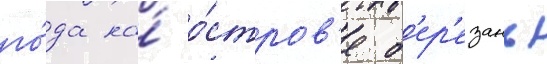
го́да на́ о́стров'е б'ер'езань